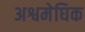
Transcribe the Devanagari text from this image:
अश्वमेघिक